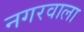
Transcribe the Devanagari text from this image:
नगरवाला